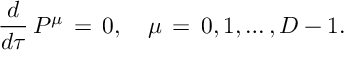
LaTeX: \frac { d } { d \tau } \, P ^ { \mu } \, = \, 0 , \quad \mu \, = \, 0 , 1 , \ldots , D - 1 .